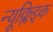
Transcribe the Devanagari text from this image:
न्यूक्लिइक